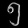
Digit: ၅